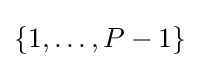
\left\{1,\dots ,P-1\right\}